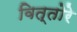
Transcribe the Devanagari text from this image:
वित्तोरे